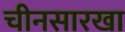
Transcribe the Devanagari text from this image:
चीनसारखा